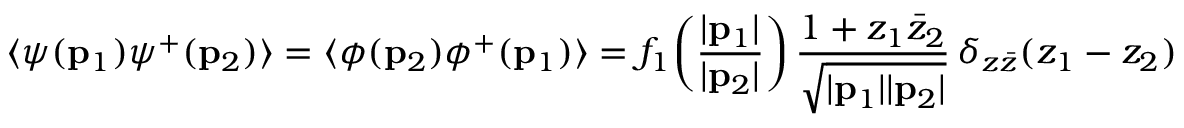
\langle \psi ( { \bf p } _ { 1 } ) \psi ^ { + } ( { \bf p } _ { 2 } ) \rangle = \langle \phi ( { \bf p } _ { 2 } ) \phi ^ { + } ( { \bf p } _ { 1 } ) \rangle = f _ { 1 } \! \left( \frac { | { \bf p } _ { 1 } | } { | { \bf p } _ { 2 } | } \right) \frac { 1 + z _ { 1 } \bar { z } _ { 2 } } { \sqrt { | { \bf p } _ { 1 } | | { \bf p } _ { 2 } | } } \, \delta _ { z \bar { z } } ( z _ { 1 } - z _ { 2 } )